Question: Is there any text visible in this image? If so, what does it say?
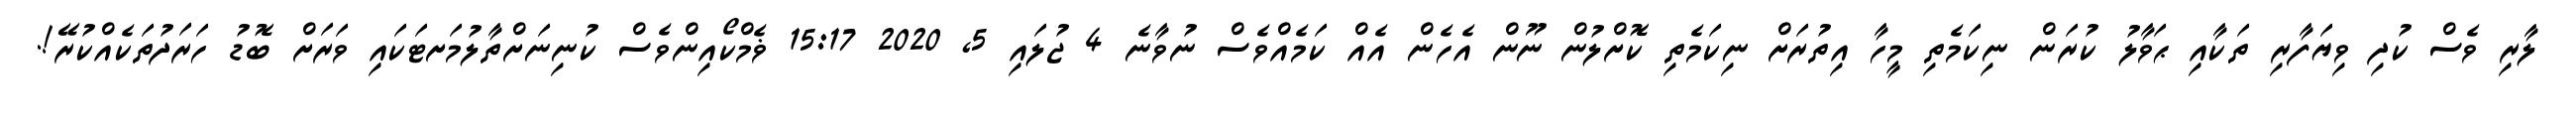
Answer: ލާރި ވެސް ކުދި ވިޔަފާރި ތަކާއި ޙަވާލު ކުރަން ނިކަމެތި މީހާ އިތުރަށް ނިކަމެތި ކޮށްލުން ނޫން އެހެން އެއް ކަމެއްވެސް ނުވާނެ 4 ޖުލައި 5, 2020 15:17 ޥެމްކޯއިންވެސް ކުނިނަށްތާލުމަށޓަކައި ވަރަށް ބޮޑު ހަރަދުތަކެއްކުރޭ!.